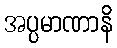
အပ္ပမာဏာနိ